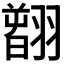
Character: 𦒂